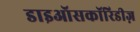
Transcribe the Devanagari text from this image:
डाइऑसकॉरिडीज़